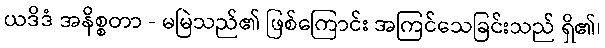
ယဒိဒံ အနိစ္စတာ - မမြဲသည်၏ ဖြစ်ကြောင်း အကြင်သေခြင်းသည် ရှိ၏၊